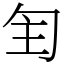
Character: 𠣕